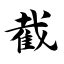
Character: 截